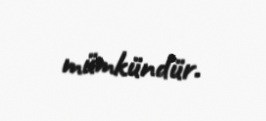
mümkündür.